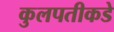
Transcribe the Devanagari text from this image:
कुलपतीकडे